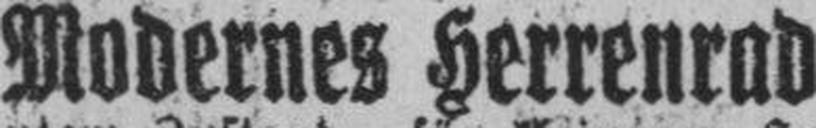
Modernes Herrenrad